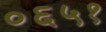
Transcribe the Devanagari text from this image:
०६५१